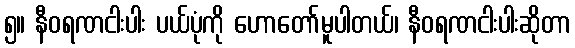
၅။ နီဝရဏငါးပါး ပယ်ပုံကို ဟောတော်မူပါတယ်၊ နီဝရဏငါးပါးဆိုတာ